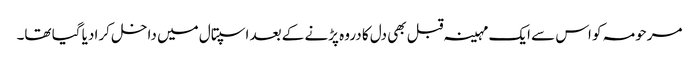
مرحومہ کو اس سے ایک مہینہ قبل بھی دل کا دروہ پڑنے کے بعد اسپتال میں داخل کرا دیا گیا تھا۔